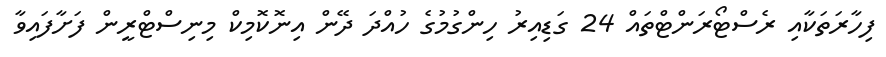
ފިހާރަތަކާއި ރެސްޓޯރަންޓްތައް 24 ގަޑިއިރު ހިންގުމުގެ ހުއްދަ ދޭން އިނޮކޮމިކް މިނިސްޓްރީން ފަށާފައިވާ